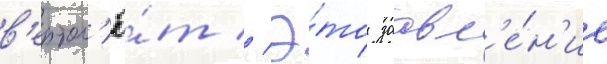
в'ертол'ё́т // Э́то заавл'е́н'ие